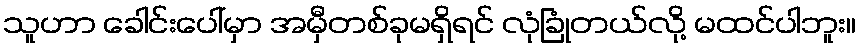
သူဟာ ခေါင်းပေါ်မှာ အမှီတစ်ခုမရှိရင် လုံခြုံတယ်လို့ မထင်ပါဘူး။